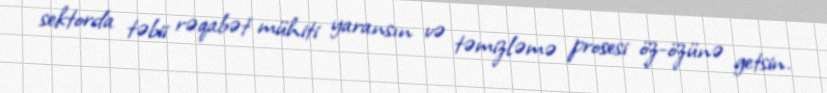
sektorda təbii rəqabət mühiti yaransın və təmizləmə prosesi öz-özünə getsin.